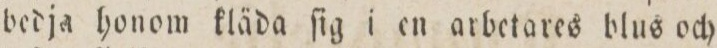
bedja honom kläda ſig i en arbetares blus och